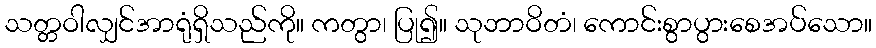
သတ္တဝါလျှင်အာရုံရှိသည်ကို။ ကတွာ၊ ပြု၍။ သုဘာဝိတံ၊ ကောင်းစွာပွားစေအပ်သော။